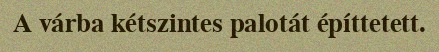
A várba kétszintes palotát építtetett.